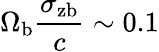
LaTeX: \Omega_{\mathrm{b}}\frac{\sigma_{\mathrm{zb}}}{c}\sim 0.1